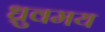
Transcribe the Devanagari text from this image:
ध्रुवमय